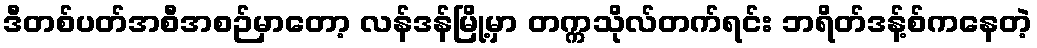
ဒီတစ်ပတ်အစီအစဉ်မှာတော့ လန်ဒန်မြို့မှာ တက္ကသိုလ်တက်ရင်း ဘရိတ်ဒန့်စ်ကနေတဲ့